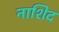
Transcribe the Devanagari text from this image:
नाशिद